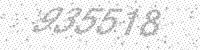
Solution: 935518